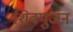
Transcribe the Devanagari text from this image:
शिवपुजन